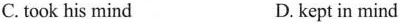
C. took his mind D. kept in mind